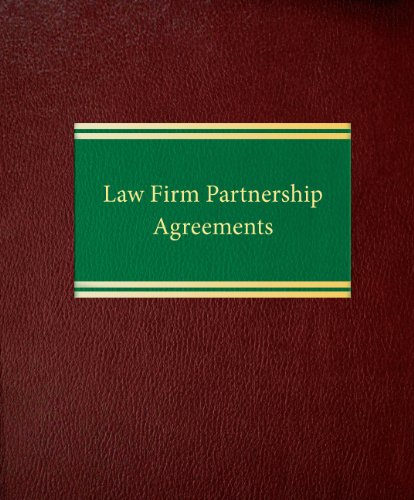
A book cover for Law Firm Partnership Agreements (Business Law Series); Leslie D. Corwin; Law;